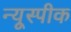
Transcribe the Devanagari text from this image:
न्यूस्पीक